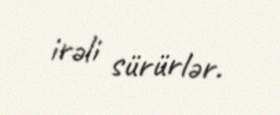
irəli sürürlər.